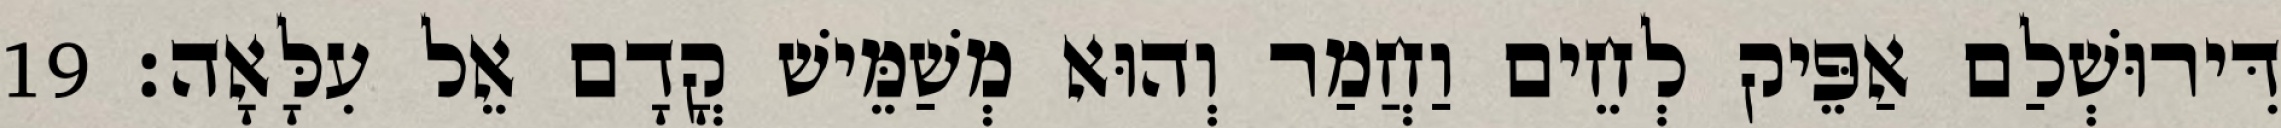
דִּירוּשְׁלַם אַפֵּיק לְחֵים וַחֲמַר וְהוּא מְשַׁמֵּישׁ קֳדָם אֵל עִלָּאָה׃ 19